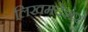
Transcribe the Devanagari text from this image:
लिखमदेशर